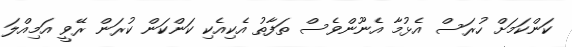
ކަންކަމަށް ހުރަސް އެޅުމާ އެނޫންވެސް ތަފާތު އެކިއެކި ކަންކަން ކުރަން ރޭވީ އަމިއްލަ